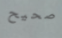
صحيح